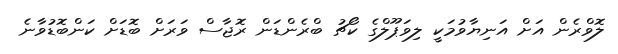
ލޮވްރެން އަށް އަނިޔާވުމަކީ ލިވަޕޫލްގެ ކޯޗު ބްރެންޑަން ރޮޖާސް ވަރަށް ބޮޑަށް ކަންބޮޑުވާނެ